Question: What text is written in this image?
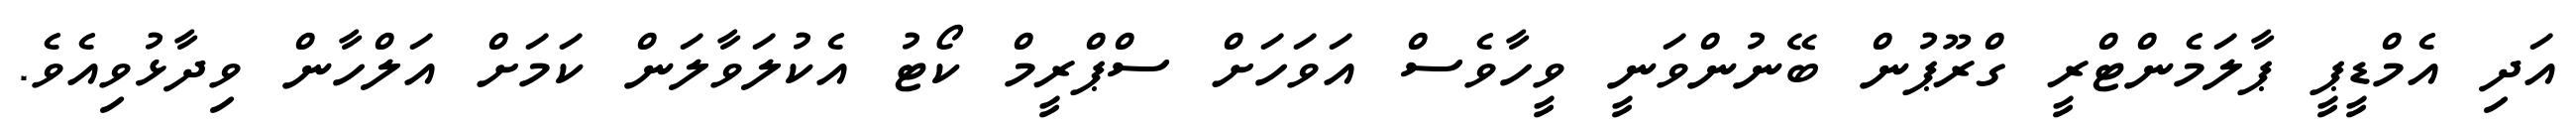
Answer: އަދި އެމްޑީޕީ ޕާލަމެންޓްރީ ގްރޫޕުން ބޭނުންވަނީ ވީހާވެސް އަވަހަށް ސްޕްރީމް ކޯޓު އެކުލަވާލަން ކަމަށް އަލްހާން ވިދާޅުވިއެވެ.